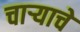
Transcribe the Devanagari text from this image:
चाऱ्याचे